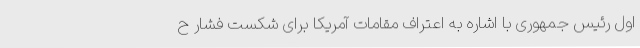
اول رئیس جمهوری با اشاره به اعتراف مقامات آمریکا برای شکست فشار ح